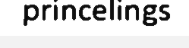
princelings